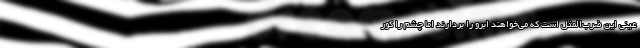
عینی این ضرب‌المثل است که می‌خواهند ابرو را بردارند اما چشم را کور